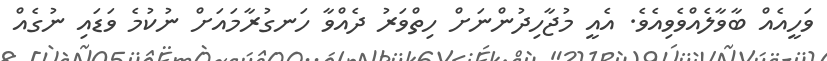
ވަހީއެއް ބާވާލެއްވެވިއެވެ. އެއީ މުޖާހިދުންނަށް ހިތްވަރު ދެއްވާ ހަނގުރާމައަށް ނުކުމެ ވަޑައި ނުގެއް